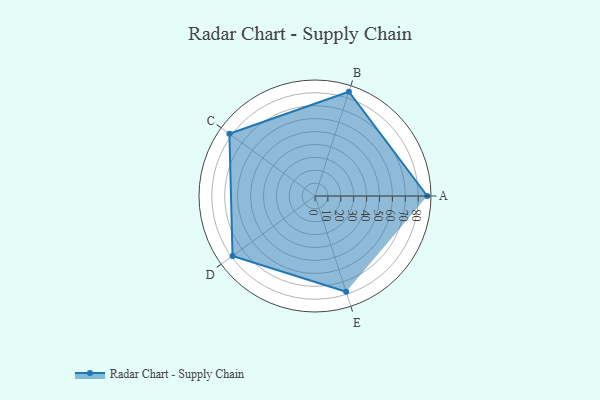
{"axis": {"x": "Skill", "y": "Score"}, "legend": ["Profile"], "data": [{"x": "A", "y": 87.0, "type": "Profile"}, {"x": "B", "y": 85.0, "type": "Profile"}, {"x": "C", "y": 82.0, "type": "Profile"}, {"x": "D", "y": 79.0, "type": "Profile"}, {"x": "E", "y": 78.0, "type": "Profile"}]}